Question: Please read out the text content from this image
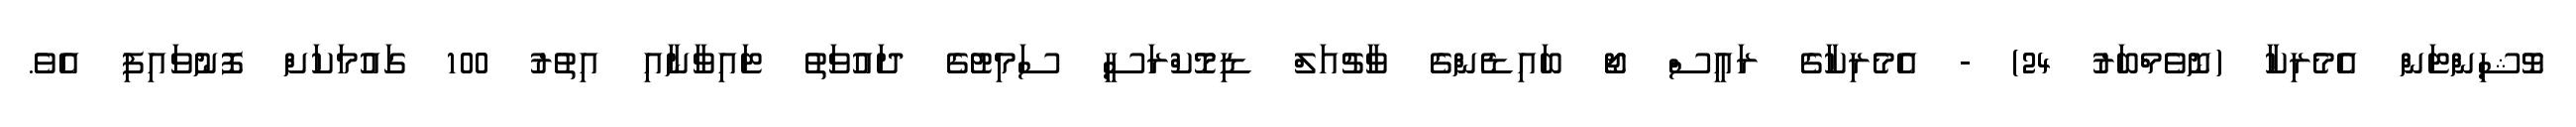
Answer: ވޮޝިންޓަން އެމެރިކާ (ނޮވެމްބަރު 24) - އެމެރިކާގެ ރައީސް ޖޯ ބައިޑެންގެ ވާޗުއަލް ޑިމޮކްރަސީ ސަމިޓުގެ ދައުވަތު ޓައިވާނާއި އިތުރު 100 ގައުމަކަށް ފޮނުވައިފި އެވެ.